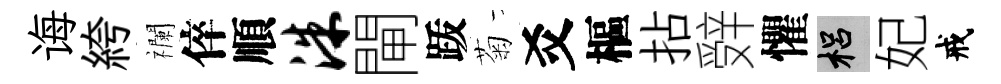
诲絝襴倅順洙閘䟦菊爻樞拈辤懼梠妃戒